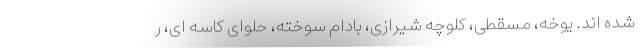
شده اند. یوخه، مسقطی، کلوچه شیرازی، بادام سوخته، حلوای کاسه ای، ر